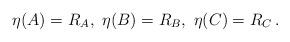
LaTeX: \begin{align*}\eta(A)=R_A,\ \eta(B)=R_B,\ \eta (C)=R_C\,.\end{align*}